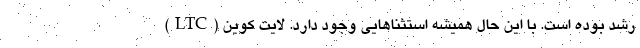
رشد بوده‌ است. با این حال همیشه استثناهایی وجود دارد. لایت کوین (LTC)